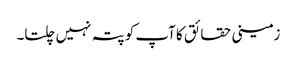
زمینی حقائق کا آپ کو پتہ نہیں چلتا۔